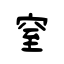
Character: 窒